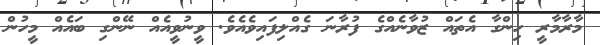
މާރާމާރީ ހިންގާ އެތައް ޒުވާނެއްގެ ފުރާނަ ގެއްލިފައިވެއެވެ. ވީނުވީއެއް ނޭންގި ބައެއް މީހުން